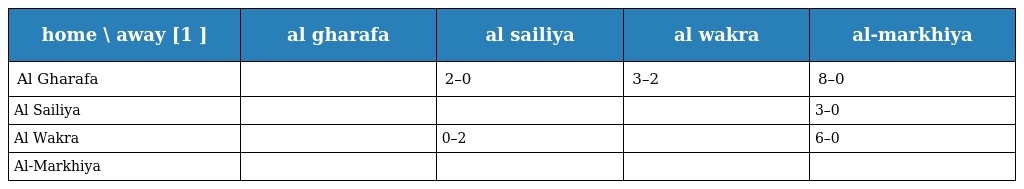
| home \ away [1 ] | al gharafa | al sailiya | al wakra | al-markhiya |
 | --- | --- | --- | --- | --- |
 | Al Gharafa |  | 2–0 | 3–2 | 8–0 |
 | Al Sailiya |  |  |  | 3–0 |
 | Al Wakra |  | 0–2 |  | 6–0 |
 | Al-Markhiya |  |  |  |  |